Proceedings of the meeting of veterinary officers in India
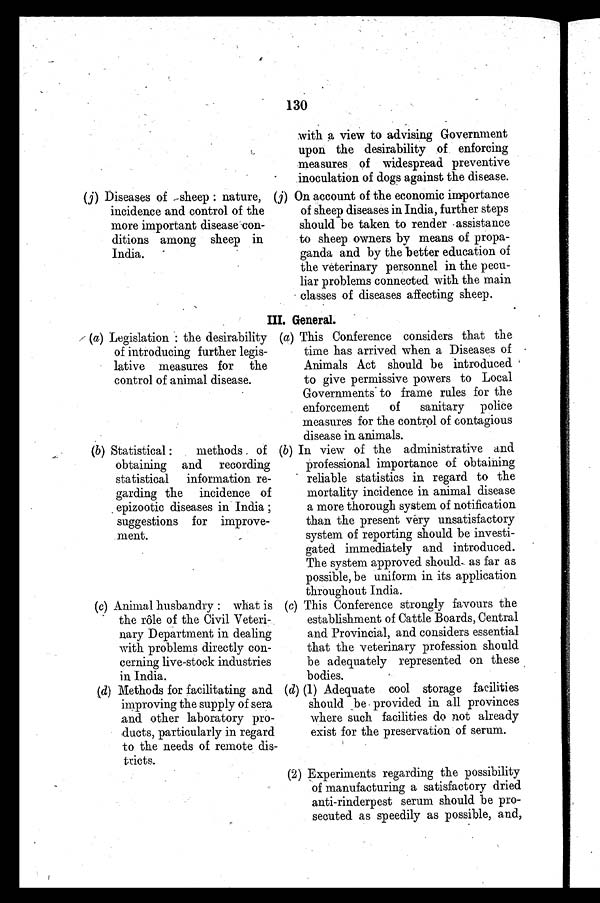
130
(j) Diseases of sheep : nature,
incidence and control of the
more important disease con-
ditions among sheep in
India.
with a view to advising Government
upon the desirability of enforcing
measures of widespread preventive
inoculation of dogs against the disease.
(j) On account of the economic importance
of sheep diseases in India, further steps
should be taken to render assistance
to sheep owners by means of propa-
ganda and by the better education of
the veterinary personnel in the pecu-
liar problems connected with the main
classes of diseases affecting sheep.
III. General.
(a) Legislation : the desirability
of introducing further legis-
lative measures for the
control of animal disease.
(b) Statistical :
methods of
obtaining and recording
statistical
information re-
garding the incidence of
epizootic diseases in India ;
suggestions for improve-
ment.
(c) Animal husbandry : what is
the role of the Civil Veteri-
nary Department in dealing
with problems directly con-
cerning live-stock industries
in India.
(d) Methods for facilitating and
improving the supply of sera
and other laboratory pro-
ducts, particularly in regard
to the needs of remote dis-
tricts.
(a) This Conference considers that the
time has arrived when a Diseases of
Animals Act should be introduced
to give permissive powers to Local
Governments to frame rules for the
enforcement
of
sanitary police
measures for the control of contagious
disease in animals.
(6) In view of the administrative and
professional importance of obtaining
reliable statistics in regard to the
mortality incidence in animal disease
a more thorough system of notification
than the present very unsatisfactory
system of reporting should be investi-
gated immediately and introduced.
The system approved should- as far as
possible, be uniform in its application
throughout India.
(c) This Conference strongly favours the
establishment of Cattle Boards, Central
and Provincial, and considers essential
that the veterinary profession should
be adequately represented on these
bodies.
(d) (1) Adequate cool storage facilities
should be provided in all provinces
where such facilities do not already
exist for the preservation of serum.
(2) Experiments regarding the possibility
of manufacturing a satisfactory dried
anti-rinderpest serum should be pro-
secuted as speedily as possible, and,